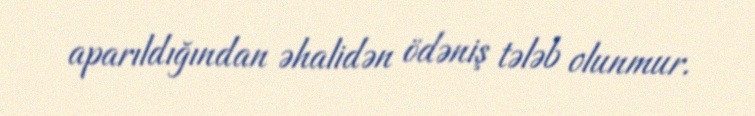
aparıldığından əhalidən ödəniş tələb olunmur.